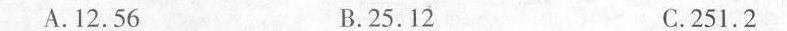
A.12.56 B.25.12 C.251.2